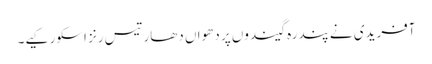
آفریدی نے پندرہ گیندوں پر دھواں دھار تیس رنز اسکور کیے۔